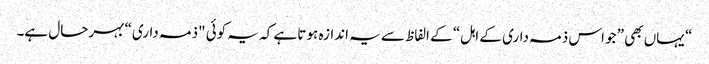
“ یہاں بھی ”جو اس ذمہ داری کے اہل“ کے الفاظ سے یہ اندازہ ہوتا ہے کہ یہ کوئی "ذمہ داری“ بہرحال ہے۔